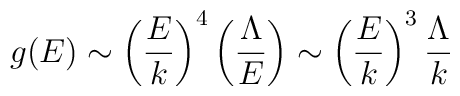
g(E) \sim \left( {E \over k} \right)^4 \left( {\Lambda \over E}\right) \sim \left({E \over k} \right)^3 {\Lambda\over k}